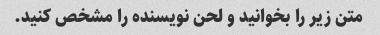
متن زیر را بخوانید و لحن نویسنده را مشخص کنید.